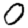
Digit: 0